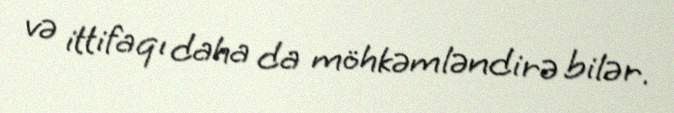
və ittifaqı daha da möhkəmləndirə bilər.